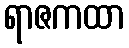
ရာဇကထာ